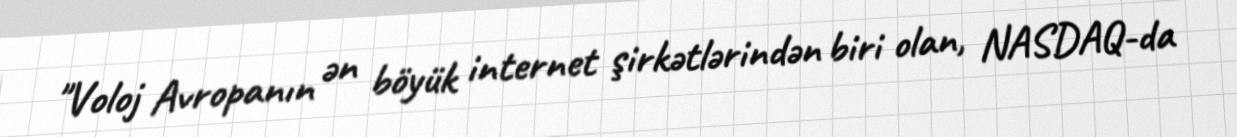
"Voloj Avropanın ən böyük internet şirkətlərindən biri olan, NASDAQ-da